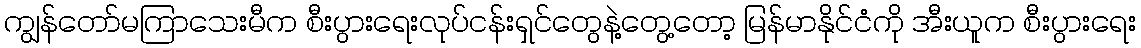
ကျွန်တော်မကြာသေးမီက စီးပွားရေးလုပ်ငန်းရှင်တွေနဲ့တွေ့တော့ မြန်မာနိုင်ငံကို အီးယူက စီးပွားရေး